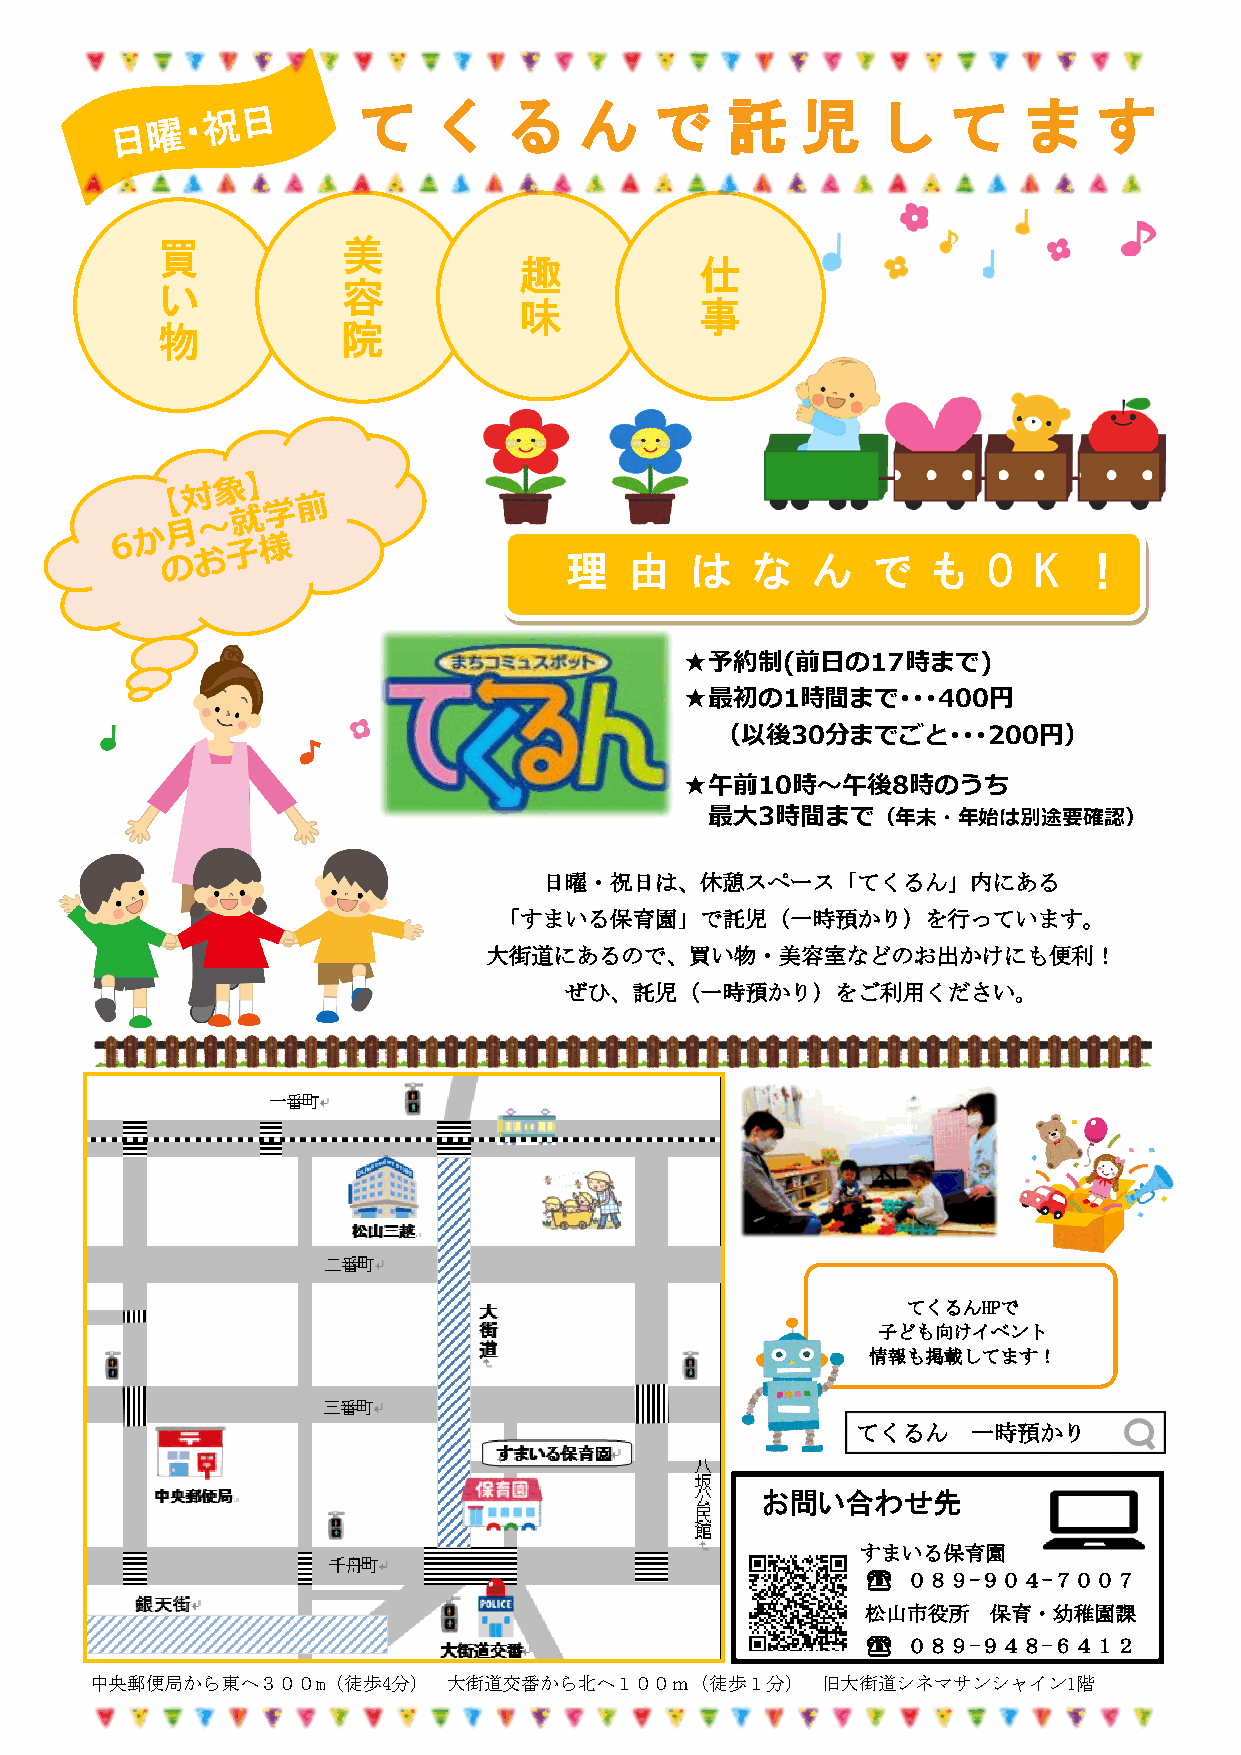
て    く   る    ん    で    託    児    し    て    ま    す
 買            美
 趣           仕
 い            容
 味           事
 物            院
 理    由   は   な   ん   で   も  O  K   ！
 ★予約制(前日の17時まで)
 ★最初の1時間まで･･･400円
 （以後30分までごと･･･200円）
 ★午前10時～午後8時のうち
 最大3時間まで（年末・年始は別途要確認）
 日曜・祝日は、休憩スペース「てくるん」内にある
 「すまいる保育園」で託児（一時預かり）を行っています。
 大街道にあるので、買い物・美容室などのお出かけにも便利！
 ぜひ、託児（一時預かり）をご利用ください。
 てくるんHPで
 子ども向けイベント
 情報も掲載してます！
 てくるん   一時預かり
 お問い合わせ先
 すまいる保育園
 ☎  ０８９-９ ０４-７００７
 松山市役所    保育・幼稚園課
 ☎  ０８９-９４８-６４１２
 中央郵便局から東へ３００m（徒歩4分）     大街道交番から北へ１００ｍ（徒歩１分）     旧大街道シネマサンシャイン1階